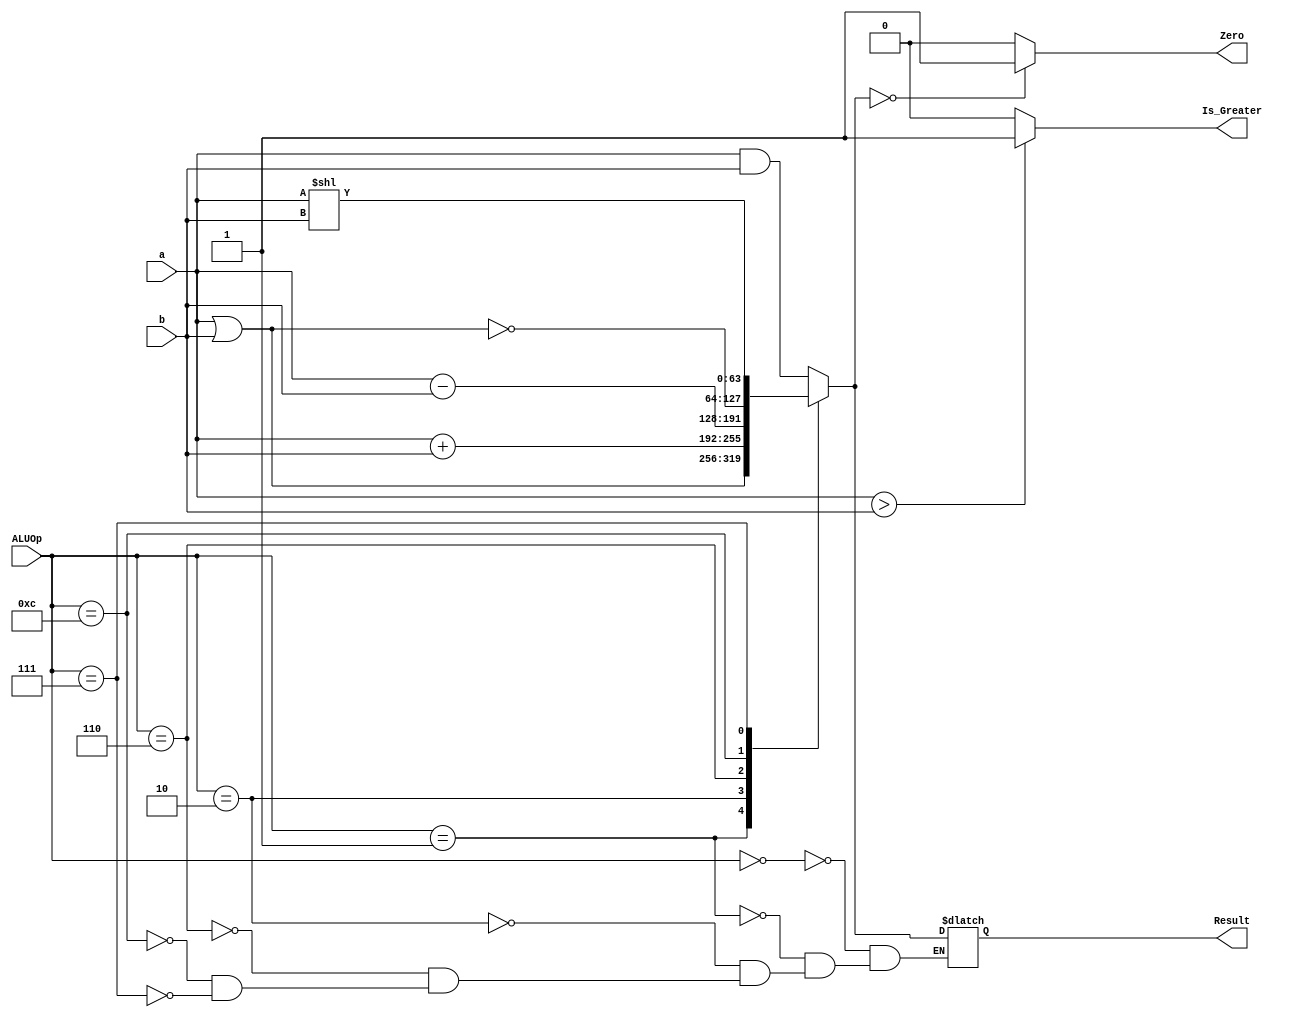
module ALU_64_bit_3

(
	input [63:0] a,
	input [63:0] b,
	input [3:0] ALUOp,
	output reg [63:0] Result,
	output reg Zero,
    output reg Is_Greater
);


always @(*)
begin

    case (ALUOp)

            4'b0000: Result = a & b;
            4'b0001: Result = a | b;
            4'b0010: Result = a + b;
            4'b0110: Result = a - b;
            4'b1100: Result = ~(a | b);
            4'b0111: Result = a << b;
        endcase

    if (Result == 64'd0)
        Zero = 1'b1;
    
    else
        Zero = 1'b0;

    Is_Greater = (a > b) ? 1'b1 : 1'b0;
end

endmodule